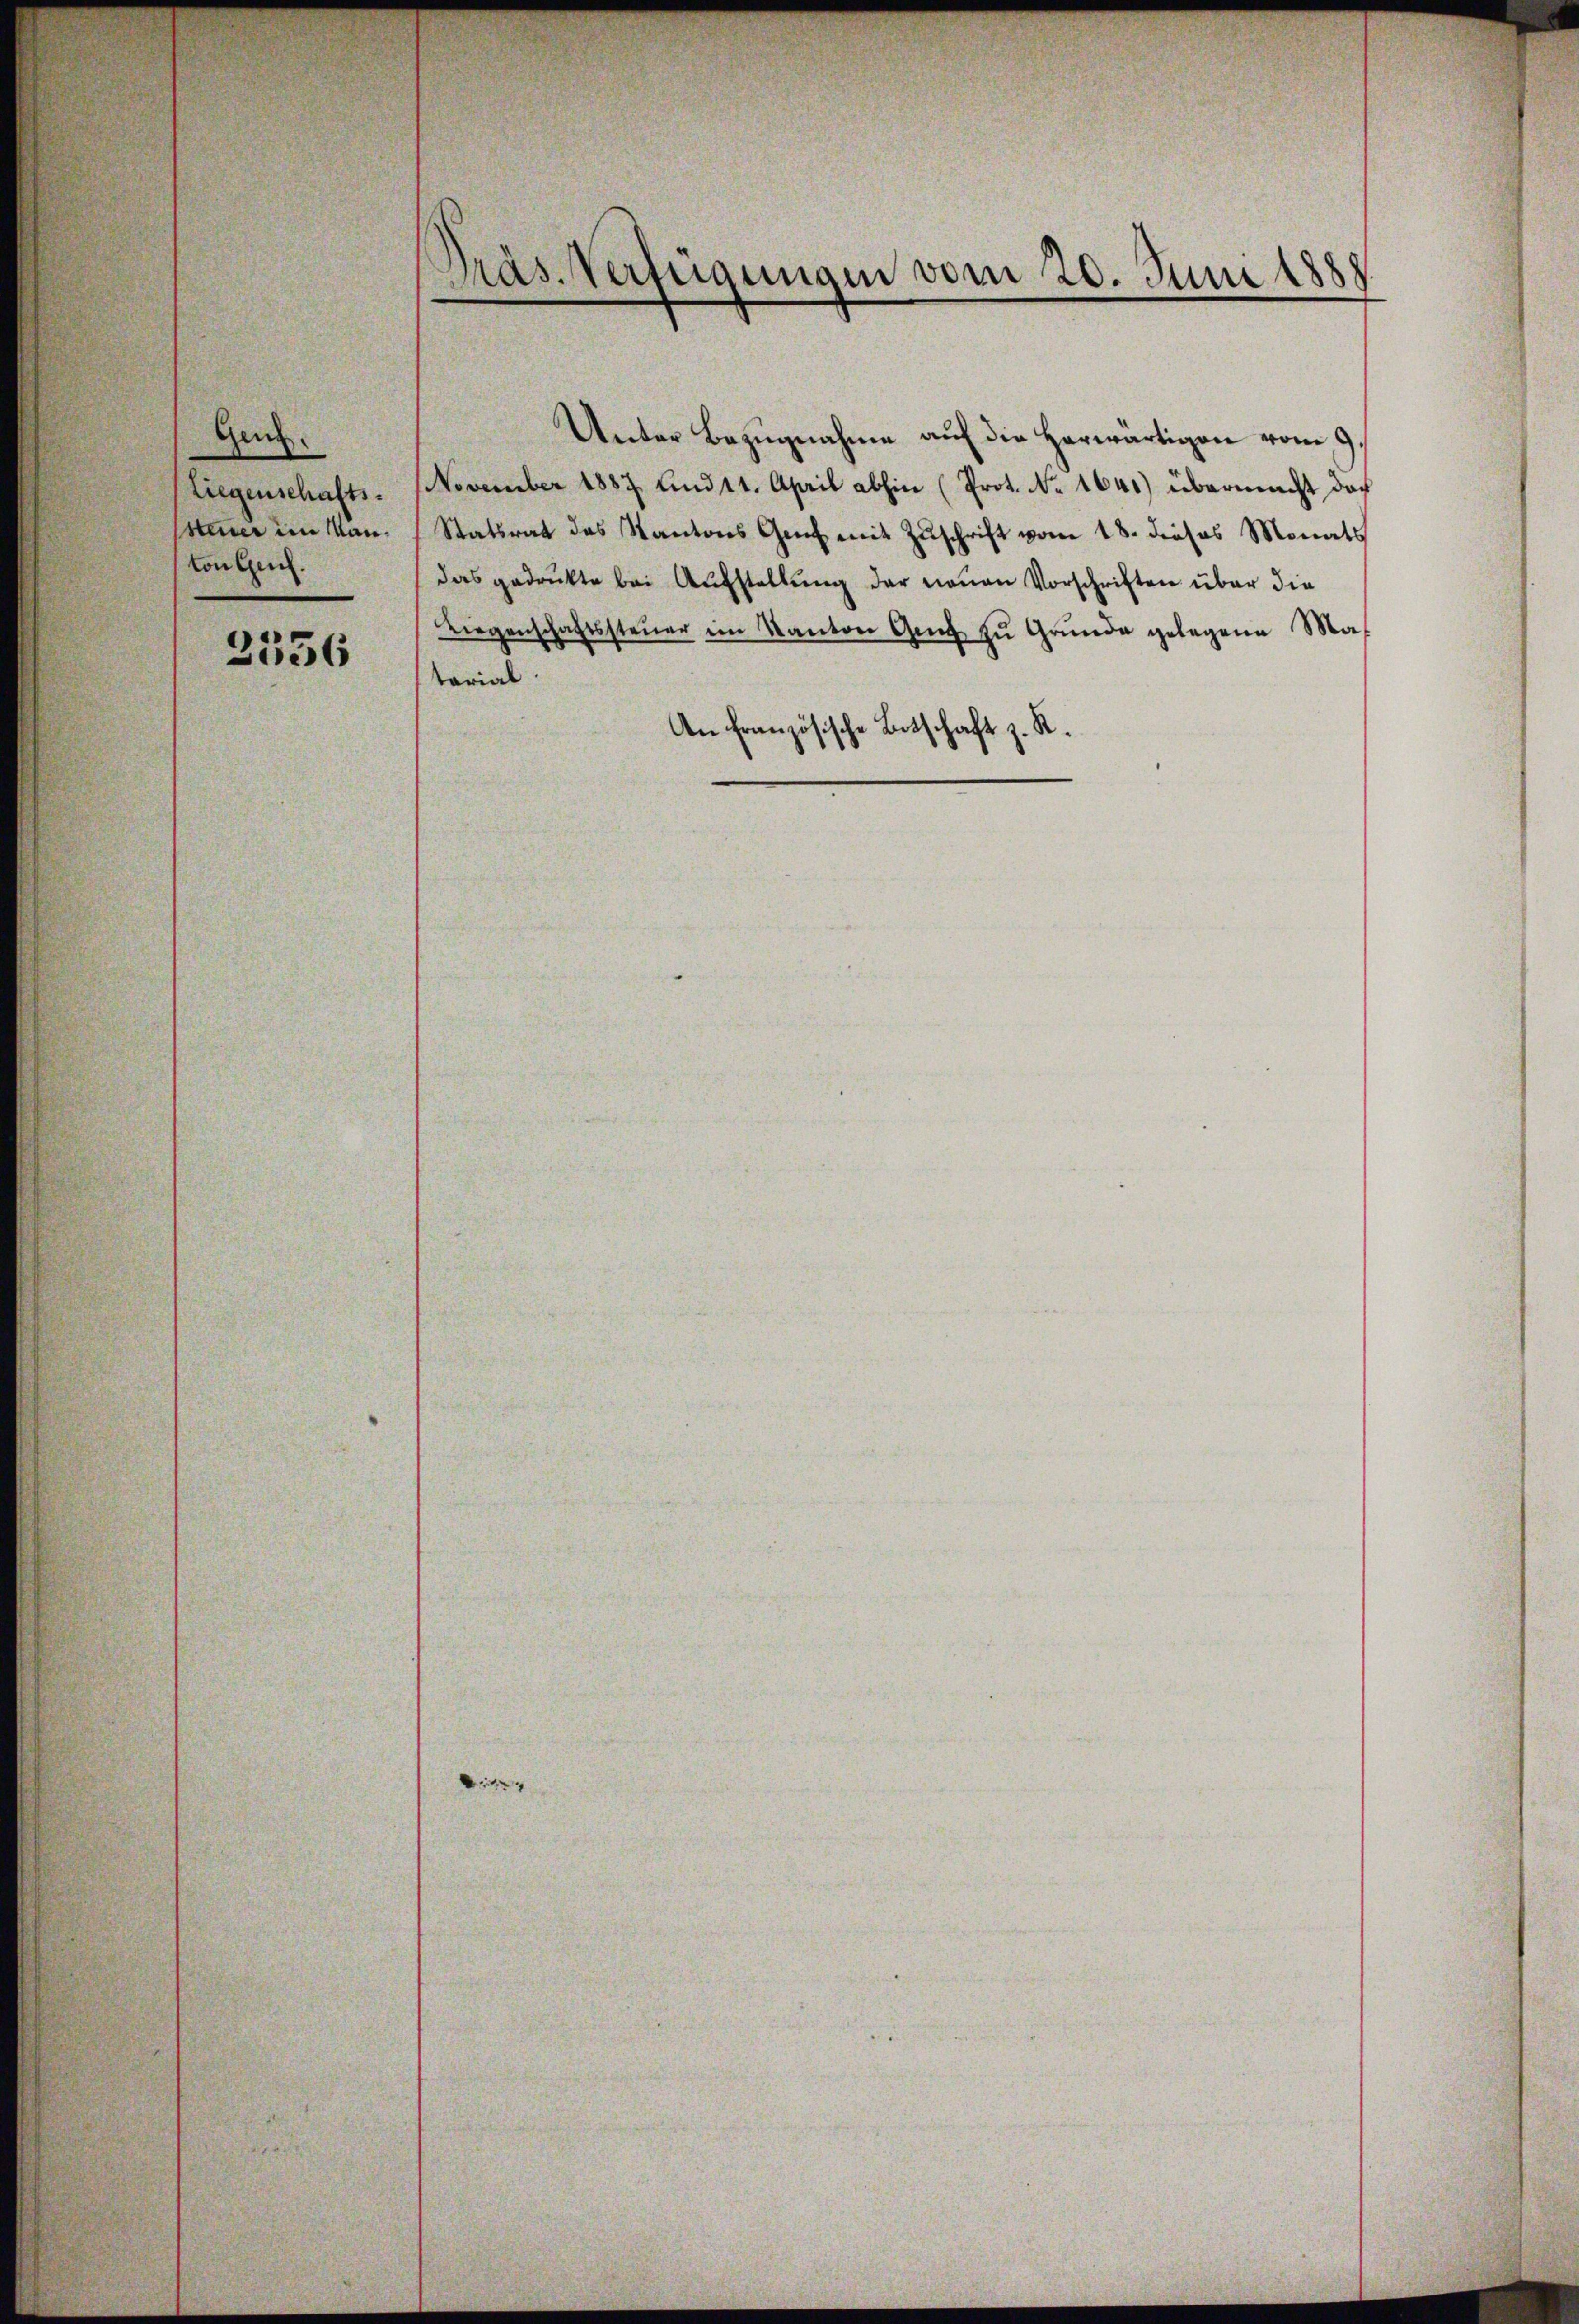
Gen.
Liegenschafts-
steiner im Manton Geich.

3356

Präs. Vertraunam vom 20. Juni 1888

Unter Bezugnahme auf die Herwärtigen vom 9.
November 1887 und 11. April abhin (Prot. No 1641) übermacht doch
Statsrat des Kantons Genf mit Zŭschrift vom 18. dieses Monats
das gedrukte bei Aŭfstellŭng der neuen Vorschriften über die
Liegenschaftssteŭer im Kanton Gang zŭ Grŭnde gelegene Mas
tarial
An französische Botschaft z. R.

i